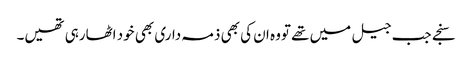
سنجے جب جیل میں تھے تووہ ان کی بھی ذمہ داری بھی خود اٹھارہی تھیں۔